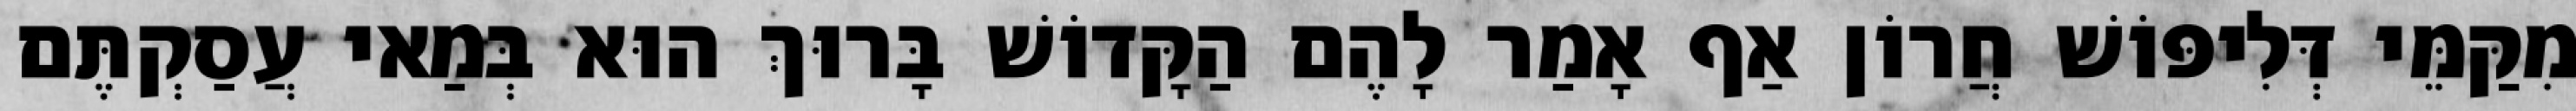
מִקַּמֵּי דְּלִיפּוֹשׁ חֲרוֹן אַף אָמַר לָהֶם הַקָּדוֹשׁ בָּרוּךְ הוּא בְּמַאי עֲסַקְתֶּם